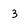
Character: 3